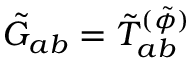
\tilde { G } _ { a b } = \tilde { T } _ { a b } ^ { ( \tilde { \phi } ) }